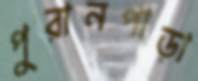
পুরানপাড়া